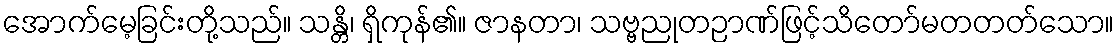
အောက်မေ့ခြင်းတို့သည်။ သန္တိ၊ ရှိကုန်၏။ ဇာနတာ၊ သဗ္ဗညုတဉာဏ်ဖြင့်သိတော်မတတတ်သော။